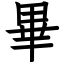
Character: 畢